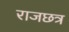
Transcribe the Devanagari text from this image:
राजछत्र